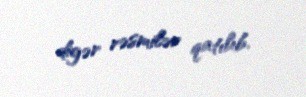
digər rəsmilər qatılıb.